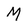
Character: M